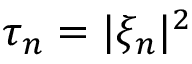
\tau _ { n } = | \xi _ { n } | ^ { 2 }